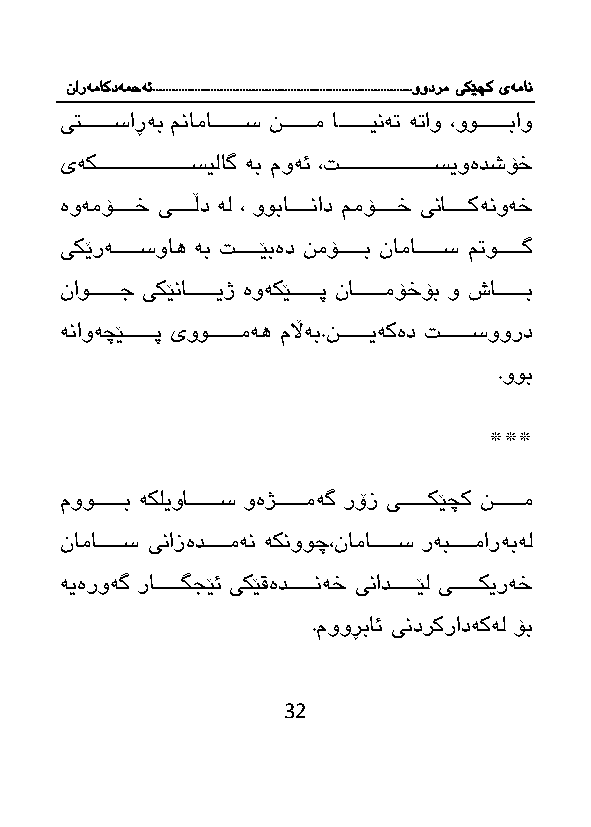
نارەماکدەمحە ئ.................................................................................وودرم یکێچک یەمان
 یتاااااااااساڕەب منامااااااااااس نااااااااام ااااااااااینە ە او ،وواااااااااباو
 یەكاااااااااااااااااااااااااسیلاگ ەب موەئ ، اااااااااااااااااااااااااسیوەدشۆخ
 ەوەمۆااااااخ یااااااڵد ەل ، ووباااااااناد ممۆااااااخ یناااااااكەنوەخ
 یكێرەاااااااسواه ەب اااااااێبەد نمۆاااااااب نامااااااااس م واااااااگ
 ناوااااااااج یكێنااااااااایژ ەوەكێااااااااپ نااااااااامۆخۆب و شاااااااااب
 ەناوەچێااااااااپ یوواااااااامەه مڵاەب.ناااااااایەكەد ااااااااسوورد
 .ووب
 ***
 مووااااااااب ەكلیواااااااااس وەژاااااااامەگ رۆز یااااااااكێچك ناااااااام
 نامااااااااس ینازەدااااااامەن ەكنووچ،نامااااااااس رەبااااااامارەبەل
 ەیەروەگ راااااااااگ ێئ یكێقەداااااااانەخ ینادااااااااێل یااااااااكیرەخ
 .مووڕبائ یندركرادەكەل ۆب
 32